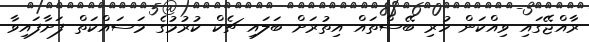
ރާއްޖޭގައި ވިއްކަން ހުރި ބޭސްތައް އިތުރަށް ބަލައި ޗެކް ކުރުމުގެ މަސައްކަތް ފަށާފައިވާ